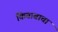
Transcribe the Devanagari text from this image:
किताबाचा